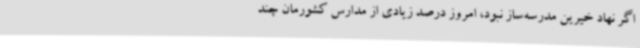
اگر نهاد خیرین مدرسه‌ساز نبود، امروز درصد زیادی از مدارس کشورمان چند